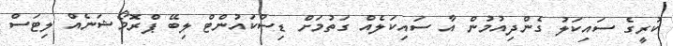
ކުރީގެ ސައިކަލު ގެންދިއުމުން އާ ސައިކަލެއް ގަތުމަށް ޑިސްކައުންޓް ލިބޭ ޕްރޮމޯޝަނެއް ލިޓަސް